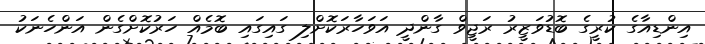
އިންޑިއާގެ ކުރީގެ ބޮޑުވަޒީރު ރަޖީވް ގާންދީ އަވަހާރަކޮށްލި ގައިގައި ބޮމެއް ހަރުކޮށްގެން އަންހެނަކު